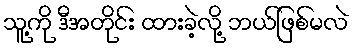
သူ့ကို ဒီအတိုင်း ထားခဲ့လို့ ဘယ်ဖြစ်မလဲ